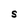
Character: S